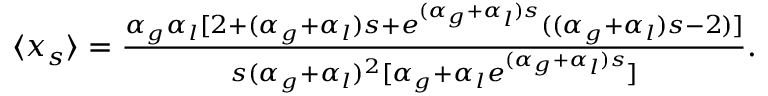
\begin{array} { r } { \langle x _ { s } \rangle = \frac { \alpha _ { g } \alpha _ { l } [ 2 + ( \alpha _ { g } + \alpha _ { l } ) s + e ^ { ( \alpha _ { g } + \alpha _ { l } ) s } ( ( \alpha _ { g } + \alpha _ { l } ) s - 2 ) ] } { s ( \alpha _ { g } + \alpha _ { l } ) ^ { 2 } [ \alpha _ { g } + \alpha _ { l } e ^ { ( \alpha _ { g } + \alpha _ { l } ) s } ] } . } \end{array}